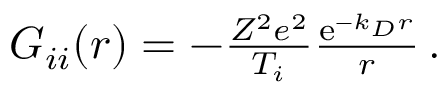
\begin{array} { r } { G _ { i i } ( \boldsymbol { r } ) = - \frac { Z ^ { 2 } e ^ { 2 } } { T _ { i } } \frac { \mathrm { e } ^ { - k _ { D } r } } { r } \, . } \end{array}